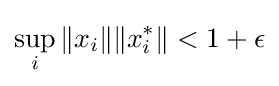
\sup _{i}\|x_{i}\|\|x_{i}^{*}\|<1+\epsilon